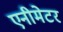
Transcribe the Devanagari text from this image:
एनीमेटर